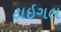
ટાઇગલ